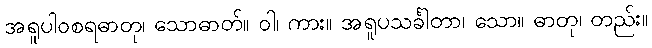
အရူပါဝစရဓာတု၊ သောဓာတ်။ ဝါ၊ ကား။ အရူပသင်္ခါတာ၊ သော။ ဓာတု၊ တည်း။